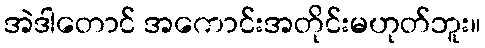
အဲဒါတောင် အကောင်းအတိုင်းမဟုတ်ဘူး။